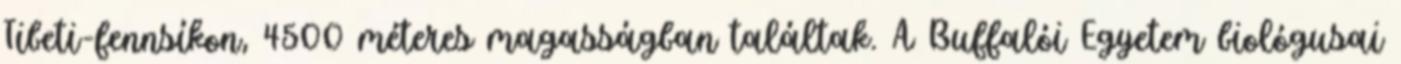
Tibeti-fennsíkon, 4500 méteres magasságban találtak. A Buffalói Egyetem biológusai